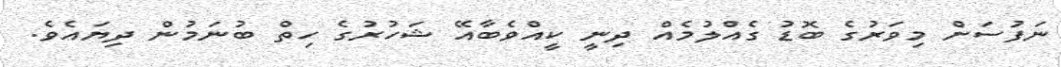
ނަފުސަށް މިވަރުގެ ބޮޑު ގެއްލުމެއް ދިނީ ކީއްވެބާއޭ ޝަހުރުގެ ހިތް ބުނަމުން ދިޔައެވެ.